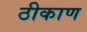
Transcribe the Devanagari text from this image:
ठीकाण